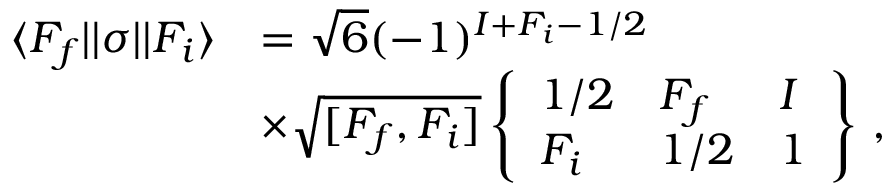
\begin{array} { r l } { \ensuremath { \langle F _ { f } | | } { \sigma } \ensuremath { | | F _ { i } \rangle } } & { = \sqrt { 6 } ( - 1 ) ^ { I + F _ { i } - 1 / 2 } } \\ & { \times \sqrt { [ F _ { f } , F _ { i } ] } \ensuremath { \left\{ \begin{array} { l l l } { 1 / 2 } & { F _ { f } } & { I } \\ { F _ { i } } & { 1 / 2 } & { 1 } \end{array} \right\} } \, , } \end{array}